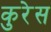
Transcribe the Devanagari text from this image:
कुरेस